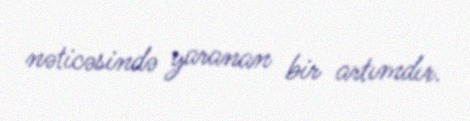
nəticəsində yaranan bir artımdır.